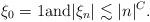
LaTeX: \begin{align*} \xi _{0} = 1 {\rm and} |\xi_{n}| \lesssim |n|^{C}.\end{align*}